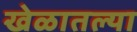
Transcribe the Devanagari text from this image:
खेळातल्या